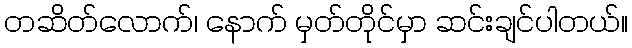
တဆိတ်လောက်၊ နောက် မှတ်တိုင်မှာ ဆင်းချင်ပါတယ်။